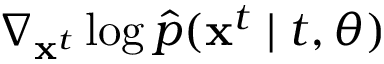
\nabla _ { \mathbf { x } ^ { t } } \log \hat { p } ( \mathbf { x } ^ { t } \mid t , \boldsymbol { \theta } )